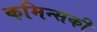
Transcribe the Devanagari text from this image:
कमिन्सकी